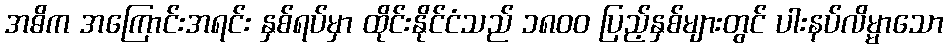
အဓိက အကြောင်းအရင်း နှစ်ရပ်မှာ ထိုင်းနိုင်ငံသည် ၁၈၀၀ ပြည့်နှစ်များတွင် ပါးနပ်လိမ္မာသော